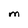
Character: M